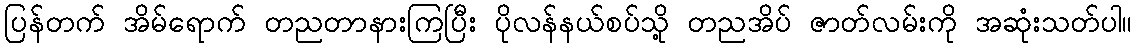
ပြန်တက် အိမ်ရောက် တညတာနားကြပြီး ပိုလန်နယ်စပ်သို့ တညအိပ် ဇာတ်လမ်းကို အဆုံးသတ်ပါ။